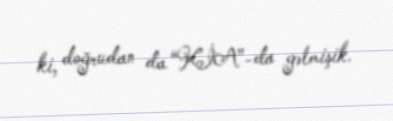
ki, doğrudan da “KİA”-da gəlmişik.